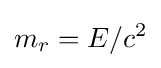
m_{r}=E/c^{2}